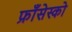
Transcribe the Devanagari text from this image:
फ्राँसेस्को